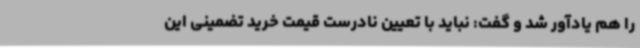
را هم یادآور شد و گفت: نباید با تعیین نادرست قیمت خرید تضمینی این